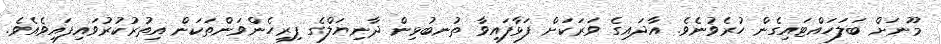
މޫނަށް ބަލަހައްޓައިގެން ހުރެވުނެވެ. އާދައިގެ ވަރަކަށް ފަޅާފައިވާ ތުނބުޅިން ދާނިޔަލްގެ ފިރިހެންވަންތަކަން އިތުރުކުރުވައިފައިވެއެވެ.